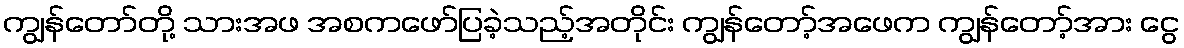
ကျွန်တော်တို့ သားအဖ အစကဖော်ပြခဲ့သည့်အတိုင်း ကျွန်တော့်အဖေက ကျွန်တော့်အား ငွေ